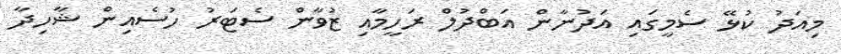
މިއަދު ކުޅޭ ސެމީގައި އަދުނާން އަބްދުލް ރަހީމާއި ޒުވާން ސެޓަރު ހުސެއިން ޝާހިދާ